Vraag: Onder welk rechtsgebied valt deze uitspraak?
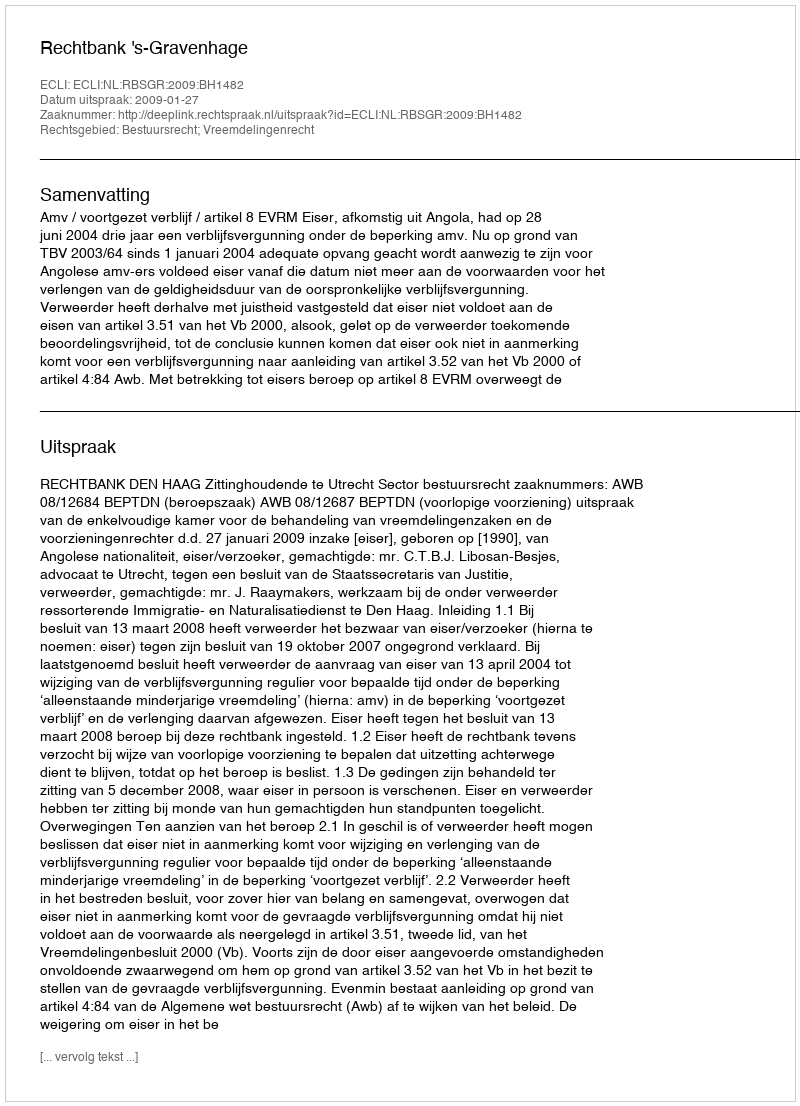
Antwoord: Bestuursrecht; Vreemdelingenrecht